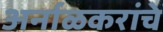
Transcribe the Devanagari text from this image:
अर्नाळकरांचे